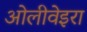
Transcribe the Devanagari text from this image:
ओलीवेइरा